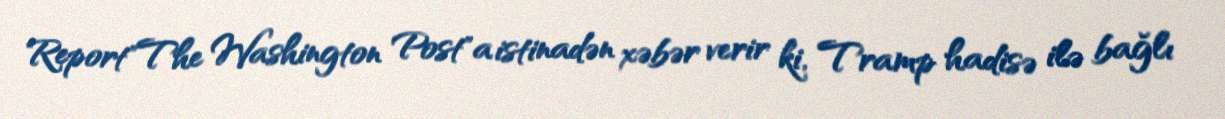
Report"The Washington Post"a istinadən xəbər verir ki, Tramp hadisə ilə bağlı